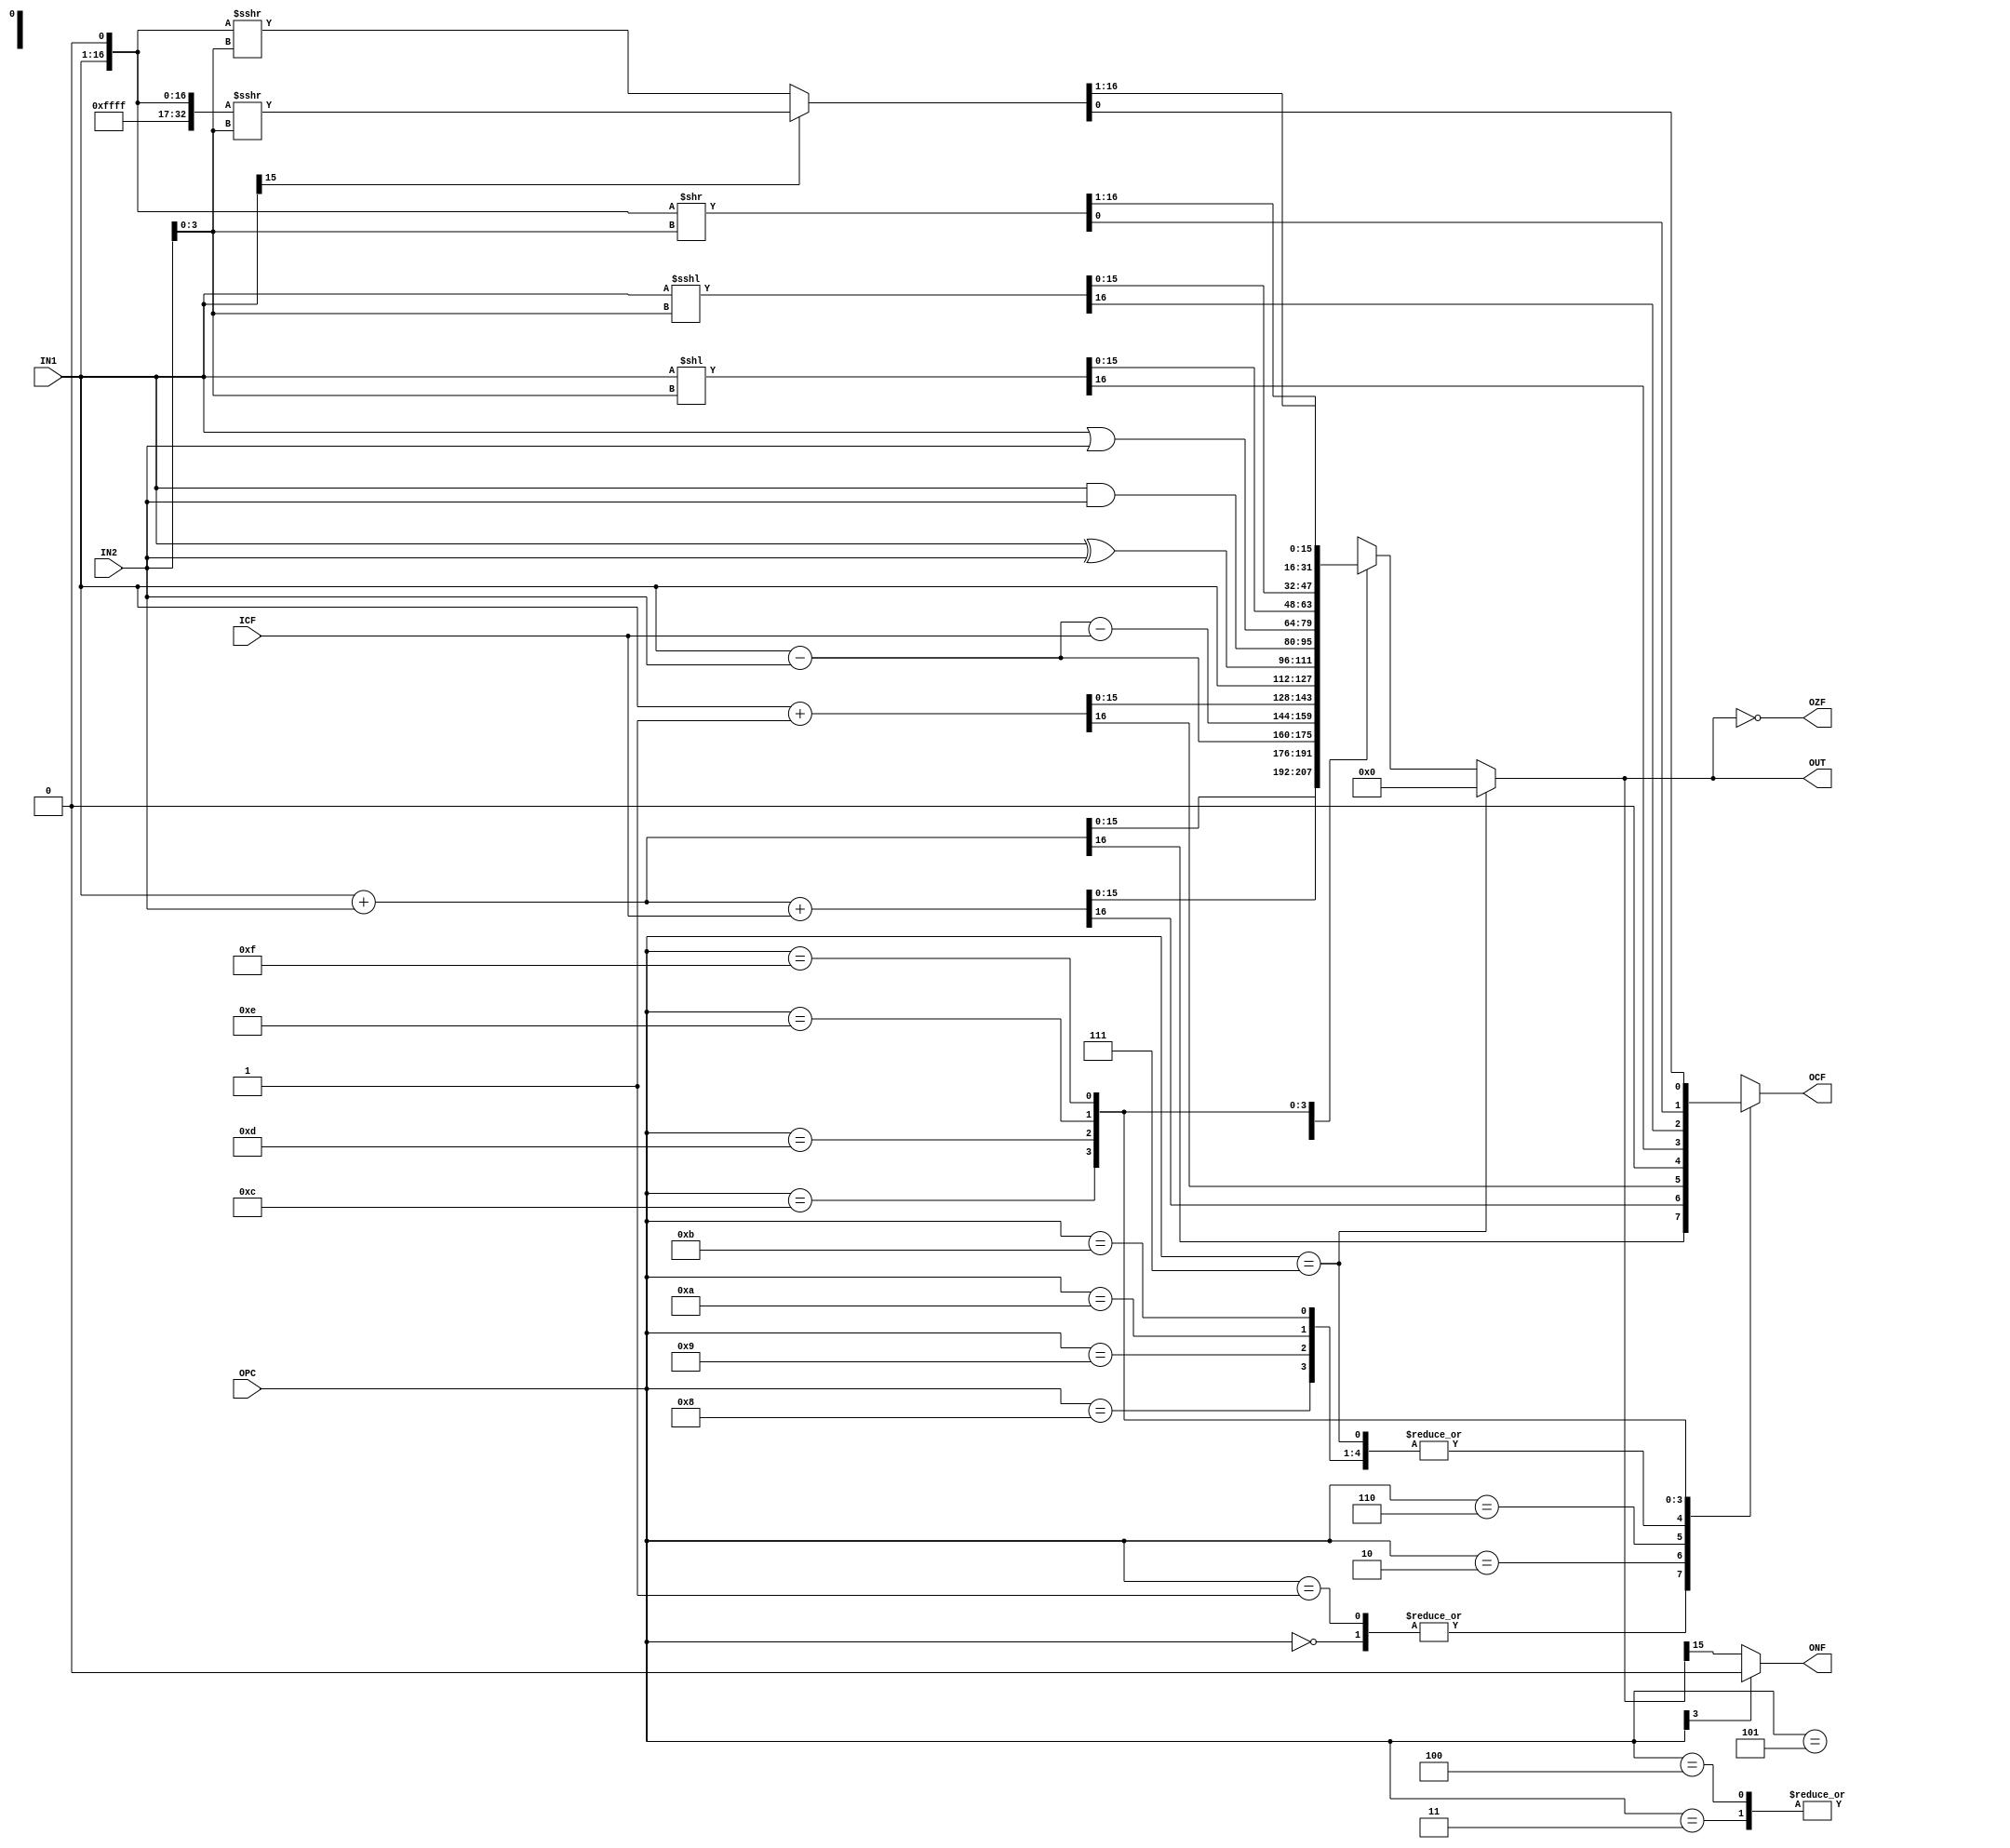
`timescale 1ns / 1ps
//////////////////////////////////////////////////////////////////////////////////
// Company: 
// Engineer: 
// 
// Design Name: 
// Module Name:    ALU 
// Project Name: 
// Target Devices: 
// Tool versions: 
// Description: 
//
// Dependencies: 
//
// Revision: 
// Revision 0.01 - File Created
// Additional Comments: 
//
//////////////////////////////////////////////////////////////////////////////////
module ALU(
  input  wire[3:0]  OPC,  // Operation Code
  input  wire[15:0] IN1,  // Input 1
  input  wire[15:0] IN2,  // Input 2
  input  wire       ICF,  // Input Carry Flag
  output wire[15:0] OUT,  // Output
  output reg        OCF,  // Output Carry Flag
  output wire       OZF,  // Output Zero Flag
  output wire       ONF   // Output Negative Flag
);
  
  reg [15:0] ROUT;
  wire[15:0] ShiftMark; assign ShiftMark = 16'hFFFF;
  
  // OUTPUT : OZF
  assign OZF = (OUT == 16'b0);
  
  // OUTPUT : ONF
  assign ONF = (OPC[3]) ? (1'b0) : (OUT[15]);
  
  // OUTPUT : OUT, OCF
  assign OUT = (OPC==4'b0111) ? (16'b0) : (ROUT);
  always @(*) case(OPC)
      4'b0000:begin // Mnomonic: ADD
                {OCF,ROUT}  = IN1+IN2;
              end
      4'b0001:begin // Mnomonic: ADDI
                {OCF,ROUT}  = IN1+IN2;
              end
      4'b0010:begin // Mnomonic: ADDC
                {OCF,ROUT}  = IN1+IN2+ICF;
              end
      4'b0011:begin // Mnomonic: SUB
                ROUT        = IN1-IN2;
                OCF         = 0;
              end
      4'b0100:begin // Mnomonic: SUBI
                ROUT        = IN1-IN2;
                OCF         = 0;
               end
      4'b0101:begin // Mnomonic: SUBC
                ROUT        = IN1-IN2-ICF;
                OCF         = 0;
              end
      4'b0110:begin // Mnomonic: INC
                {OCF,ROUT}  = IN1+1;
              end
      4'b0111:begin // Mnomonic: CMP
                ROUT        = IN1-IN2;
                OCF         = 0;
              end
      4'b1000:begin // Mnomonic: TRAN
                ROUT        = IN1;
                OCF         = 0;
              end
      4'b1001:begin // Mnomonic: XOR
                ROUT        = IN1^IN2;
                OCF         = 0;
              end
      4'b1010:begin // Mnomonic: AND
                ROUT        = IN1&IN2;
                OCF         = 0;
              end
      4'b1011:begin // Mnomonic: OR
                ROUT        = IN1|IN2;
                OCF         = 0;
              end
      4'b1100:begin // Mnomonic: SLL
                {OCF,ROUT}  = IN1 << IN2[3:0]; 
              end
      4'b1101:begin // Mnomonic: SLA
                {OCF,ROUT}  = IN1 <<< IN2[3:0];
              end
      4'b1110:begin // Mnomonic: SRL
                OCF         = 0;
                {ROUT,OCF}  = {IN1,OCF} >> IN2[3:0];
              end
      4'b1111:begin // Mnomonic: SRA
                OCF         = 0;
                if(IN1[15]) {ROUT,OCF}  = {ShiftMark,IN1,OCF} >>> IN2[3:0];
                else        {ROUT,OCF}  = {IN1,OCF} >>> IN2[3:0];
              end
  endcase
  
endmodule